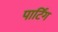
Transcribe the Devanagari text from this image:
पार्टिंग